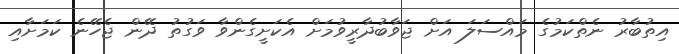
އިތުބާރު ނެތްކަމުގެ މައްސަލަ އަށް ޖަވާބުދާރީވުމަށް އެކަށީގެންވާ ވަގުތު ދޭން ޖެހޭނެ ކަމަށާއި